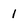
Character: 1